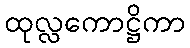
ထုလ္လကောဋ္ဌိကာ